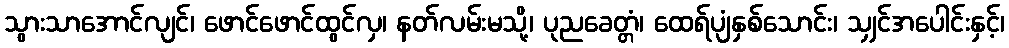
သွားသာအောင်လျင်၊ ဖောင်ဖောင်ထွင်လှ၊ နတ်လမ်းမသို့၊ ပုညခေတ္တံ၊ ထေရ်ပျံနှစ်သောင်း၊ သျှင်အပေါင်းနှင့်၊